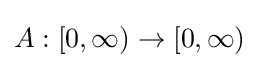
A:[0,\infty )\to [0,\infty )